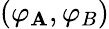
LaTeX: (\varphi_{\mathbf{A}},\varphi_{B})